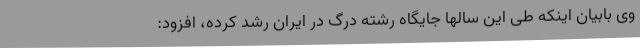
وی بابیان اینکه طی این سالها جایگاه رشته درگ در ایران رشد کرده، افزود: